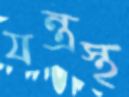
যন্ত্রস্থ